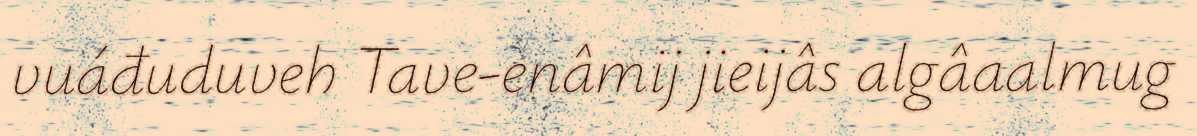
vuáđuduveh Tave-enâmij jieijâs algâaalmug